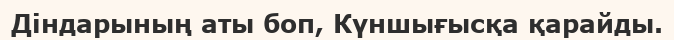
Діндарының аты боп, Күншығысқа қарайды.